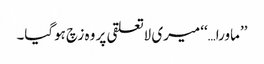
’’ماورا…‘‘ میری لاتعلقی پر وہ زچ ہوگیا۔